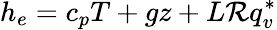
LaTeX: h_{e}=c_{p}T+gz+L\mathcal{R}q_{v}^{*}